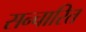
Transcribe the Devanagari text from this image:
सन्चारित